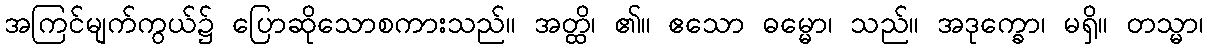
အကြင်မျက်ကွယ်၌ ပြောဆိုသောစကားသည်။ အတ္ထိ၊ ၏။ ဧသော ဓမ္မော၊ သည်။ အဒုက္ခော၊ မရှိ။ တသ္မာ၊